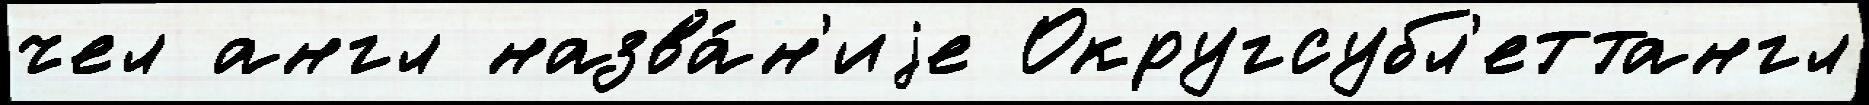
чел англ назва́н'иjе Округсубл'еттангл